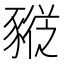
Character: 𰶮